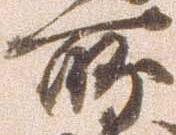
所